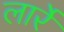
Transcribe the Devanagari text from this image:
लार्रे